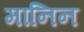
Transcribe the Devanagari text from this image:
मानिन